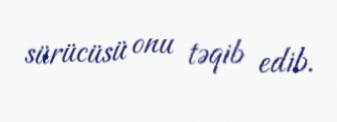
sürücüsü onu təqib edib.